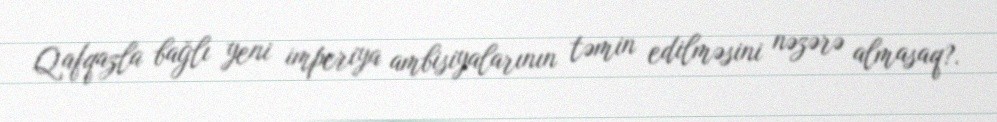
Qafqazla bağlı yeni imperiya ambisiyalarının təmin edilməsini nəzərə almasaq?.